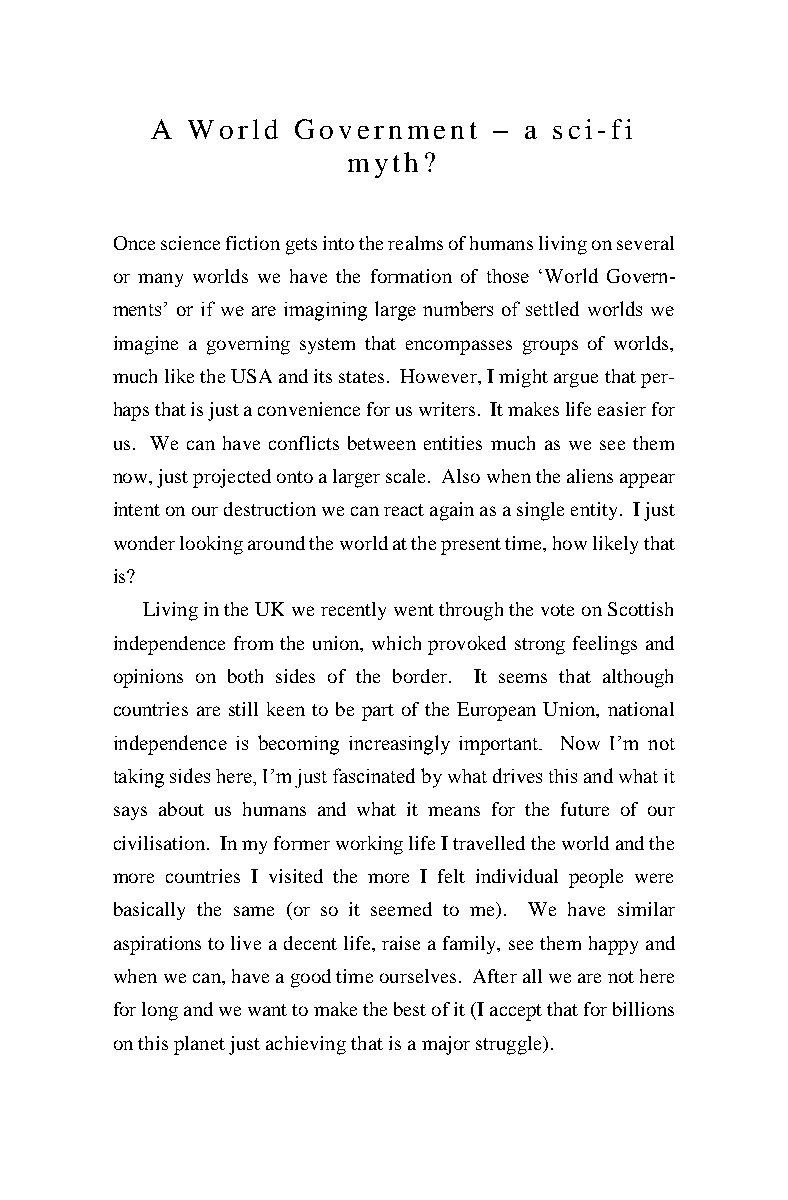
A World  Government    – a sci-fi
 myth?
 Once science fiction gets into the realms of humans living on several
 or many worlds we have the formation of those ‘World Govern-
 ments’ or if we are imagining large numbers of settled worlds we
 imagine a governing system that encompasses groups of worlds,
 much like the USA and its states. However, I might argue that per-
 haps that is just a convenience for us writers. It makes life easier for
 us. We can have conflicts between entities much as we see them
 now, just projected onto a larger scale. Also when the aliens appear
 intent on our destruction we can react again as a single entity. I just
 wonder looking around the world at the present time, how likely that
 is?
 Living in the UK we recently went through the vote on Scottish
 independence from the union, which provoked strong feelings and
 opinions on both sides of the border. It seems that although
 countries are still keen to be part of the European Union, national
 independence is becoming increasingly important. Now I’m not
 taking sides here, I’m just fascinated by what drives this and what it
 says about us humans and what it means for the future of our
 civilisation. In my former working life I travelled the world and the
 more countries I visited the more I felt individual people were
 basically the same (or so it seemed to me). We have similar
 aspirations to live a decent life, raise a family, see them happy and
 when we can, have a good time ourselves. After all we are not here
 for long and we want to make the best of it (I accept that for billions
 on this planet just achieving that is a major struggle).